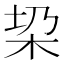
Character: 𣐟